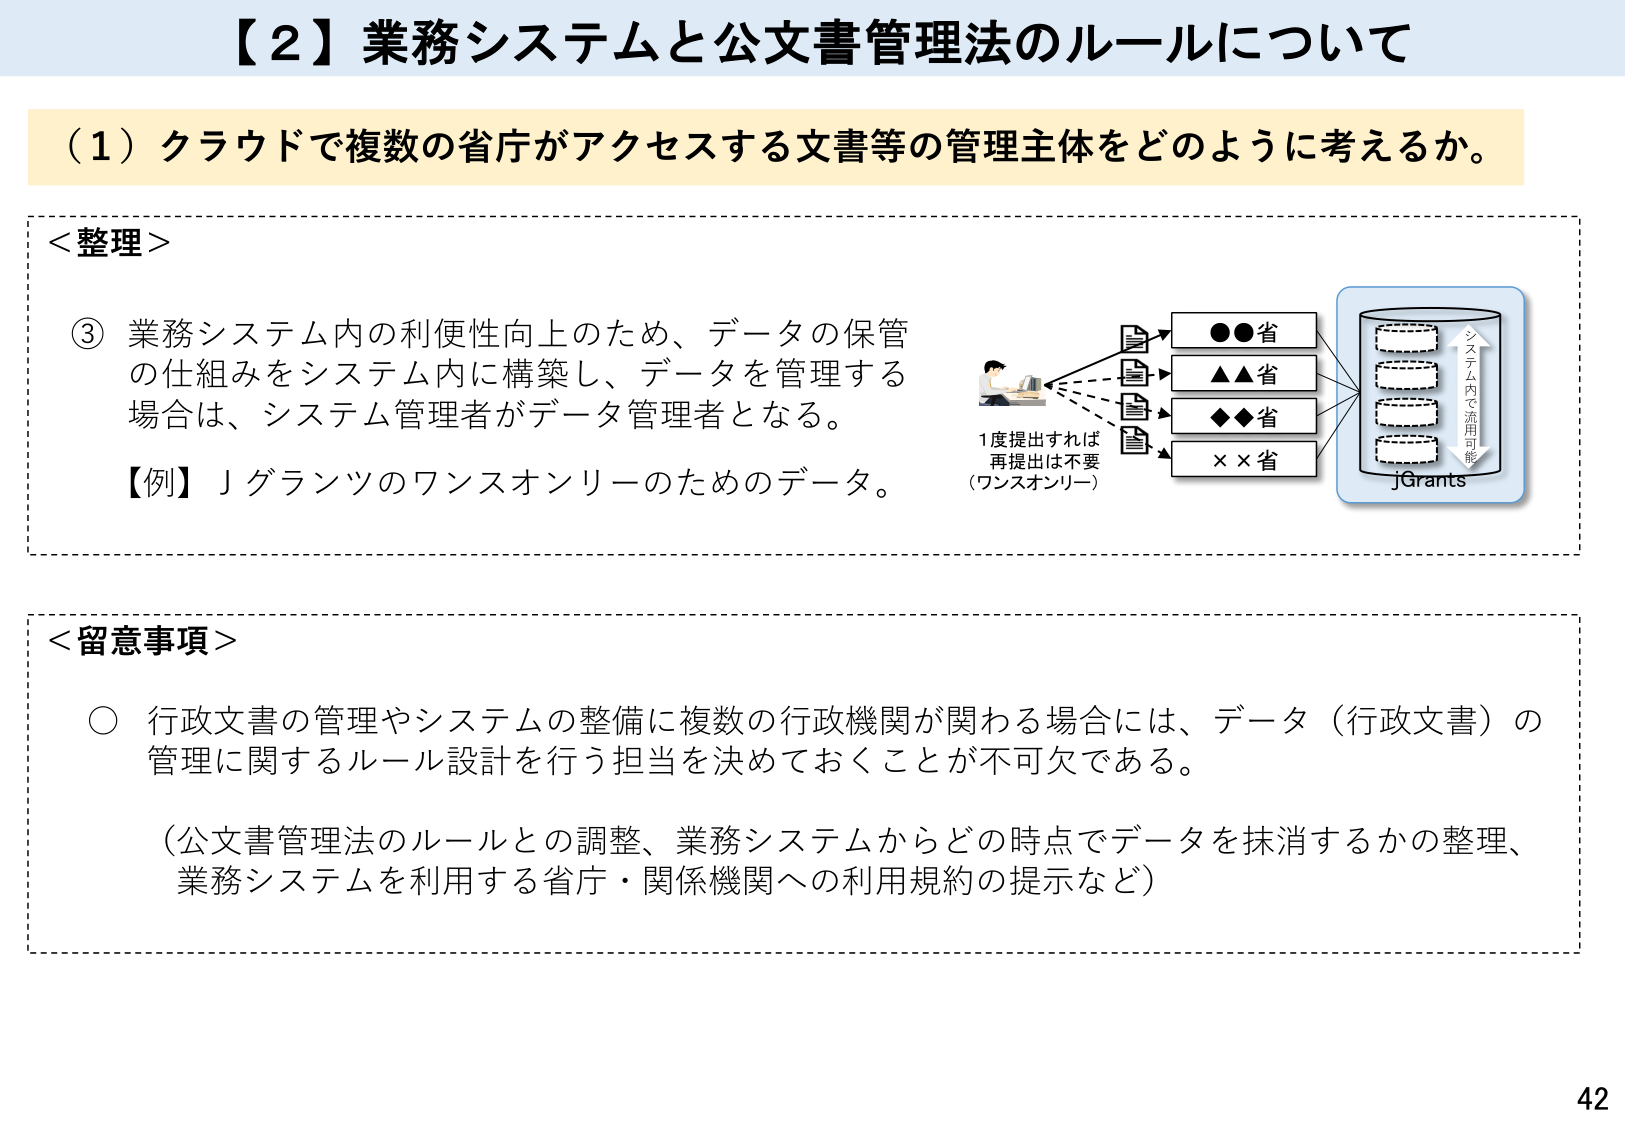
【２】業務システムと公文書管理法のルールについて

（１）クラウドで複数の省庁がアクセスする文書等の管理主体をどのように考えるか。

＜整理＞

③ 業務システム内の利便性向上のため、データの保管の仕組みをシステム内に構築し、データを管理する場合は、システム管理者がデータ管理者となる。
【例】Ｊグランツのワンスオンリーのためのデータ。

1度提出すれば再提出は不要
（ワンスオンリー）

●●省
▲▲省
◆◆省
××省

システム内で流用可能
jGrants

＜留意事項＞

○ 行政文書の管理やシステムの整備に複数の行政機関が関わる場合には、データ（行政文書）の管理に関するルール設計を行う担当を決めておくことが不可欠である。

（公文書管理法のルールとの調整、業務システムからどの時点でデータを抹消するかの整理、業務システムを利用する省庁・関係機関への利用規約の提示など）

42